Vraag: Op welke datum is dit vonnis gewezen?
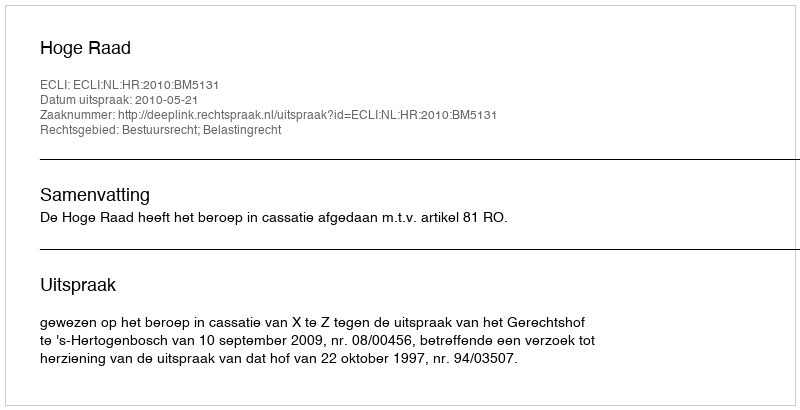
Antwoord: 2010-05-21